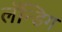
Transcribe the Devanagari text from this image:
लॅन्डिग